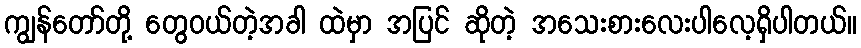
ကျွန်တော်တို့ တွေဝယ်တဲ့အခါ ထဲမှာ အပြင် ဆိုတဲ့ အသေးစားလေးပါလေ့ရှိပါတယ်။